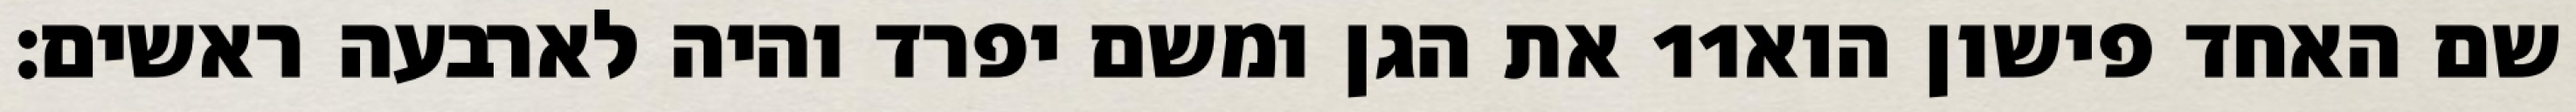
את הגן ומשם יפרד והיה לארבעה ראשים׃ ‎11‏ שם האחד פישון הוא